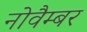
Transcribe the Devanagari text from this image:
नोवैम्बर